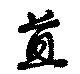
苴